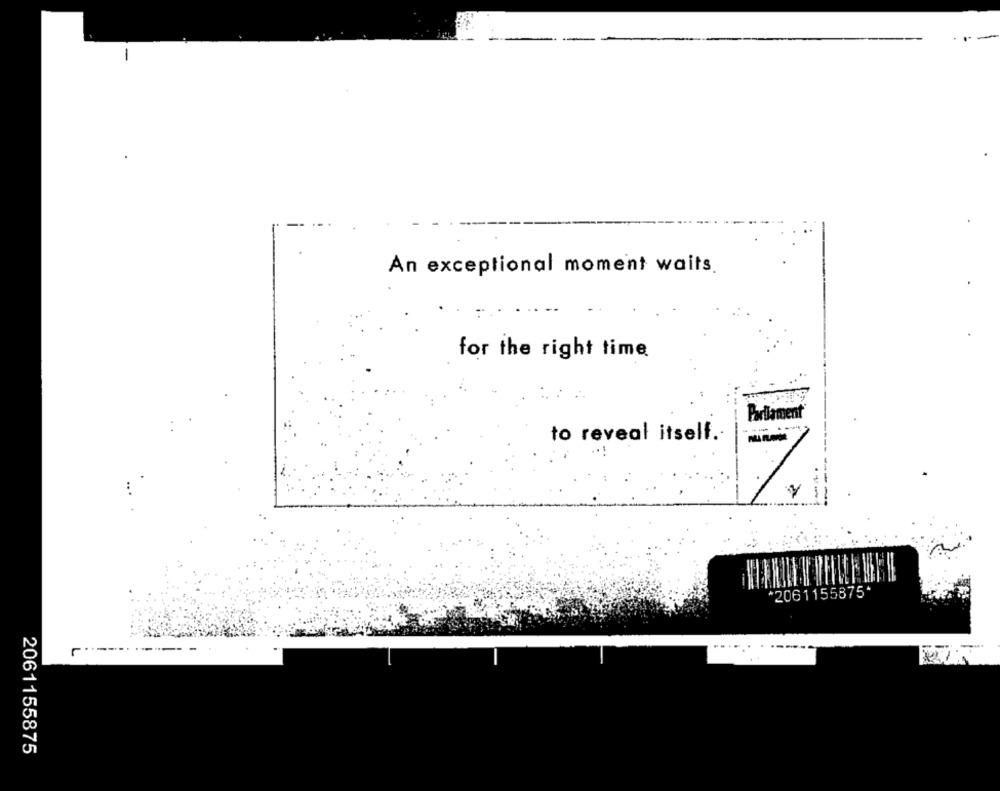
An exceptional moment waits
for the right time
Parliament
--
to reveal itself.
*2061155875*
.....
2061155875